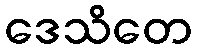
ဒေသိတေ